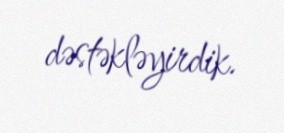
dəstəkləyirdik.